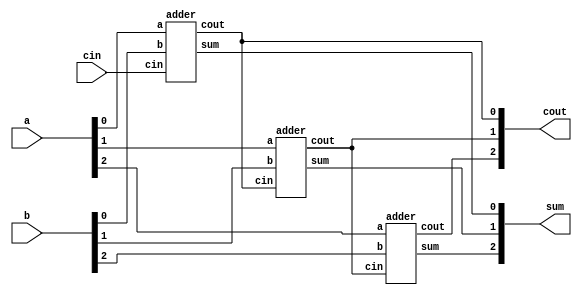
module top_module( 
    input [2:0] a, b,
    input cin,
    output [2:0] cout,
    output [2:0] sum );

    adder ad1(
        .a(a[0]),
        .b(b[0]),
        .cin(cin),
        .cout(cout[0]),
        .sum(sum[0])
    );

    adder ad2(
        .a(a[1]),
        .b(b[1]),
        .cin(cout[0]),
        .cout(cout[1]),
        .sum(sum[1])
    );

    adder ad3(
        .a(a[2]),
        .b(b[2]),
        .cin(cout[1]),
        .cout(cout[2]),
        .sum(sum[2])
    );

endmodule

module adder(
    input a, b, cin,
    output cout, sum
);
    assign sum = a ^ b ^ cin;
    assign cout = a & b | a & cin | b & cin;
endmodule